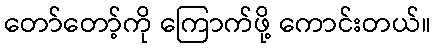
တော်တော့်ကို ကြောက်ဖို့ ကောင်းတယ်။